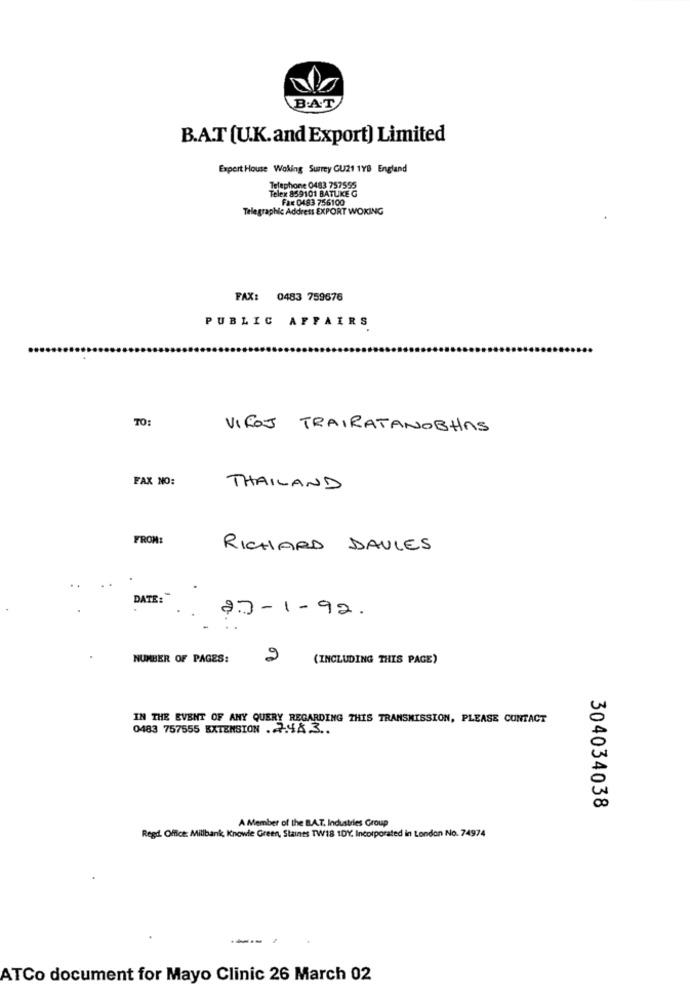
BAT
B.A.T (U.K.and Export) Limited
Expert House Woking Surrey GU21 1YB England
Telephone 0483 757555
859101 BA
Fax: 0483 756100
Telegraphic Address EXPORT WOKING
FAX: 0483 759676
PUBLIC AFFAIRS
TO:
VIFOJ TRAIRATANOBHAS
FAX NO:
THAILAND
FROM:
RICHARD DAULES
DATE:
27-1-92.
NUMBER OF PAGES:
2
(INCLUDING THIS PAGE)
IN THE EVENT OF ANY QUERY REGARDING THIS TRANSMISSION, PLEASE CONTACT
0483 757555 EXTENSION .7.44.3 ..
304034038
A Member of the B.A.T. Industries Group
Regd. Office: Millbank, Knowle Green, Staints TW18 1DY, Incorporated in London No. 74974
ATCo document for Mayo Clinic 26 March 02